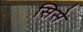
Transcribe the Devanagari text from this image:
सिसे